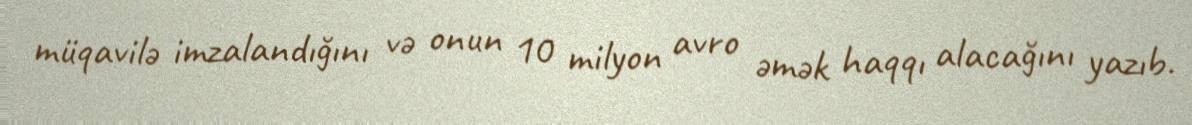
müqavilə imzalandığını və onun 10 milyon avro əmək haqqı alacağını yazıb.